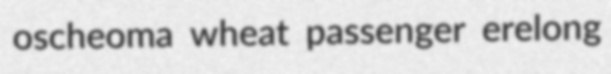
oscheoma wheat passenger erelong